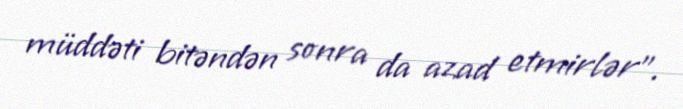
müddəti bitəndən sonra da azad etmirlər".